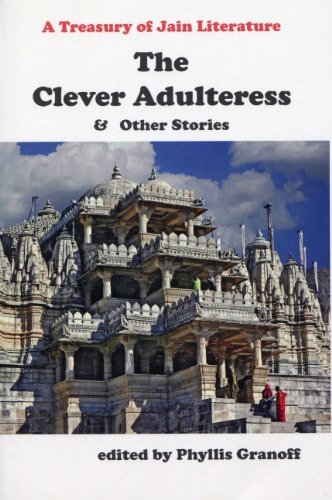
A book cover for The Clever Adulteress & Other Stories:A Treasury of Jain Literature; Religion & Spirituality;